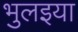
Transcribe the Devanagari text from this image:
भुलइया